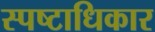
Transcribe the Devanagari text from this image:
स्पष्टाधिकार